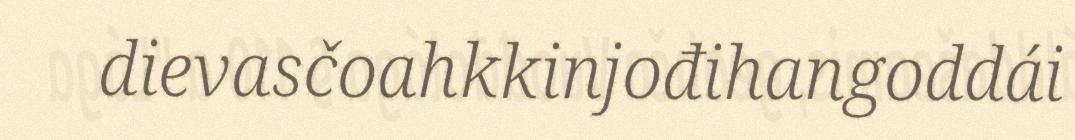
dievasčoahkkinjođihangoddái